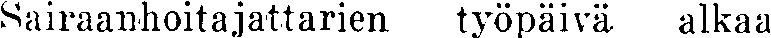
Sairaanhoitajattarien työpäivä alkaa